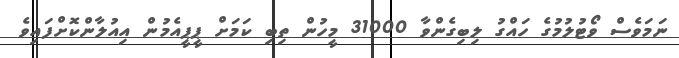
ނަމަވެސް ވޯޓުލުމުގެ ހައްގު ލިބިގެންވާ 31000 މީހުން ތިބި ކަމަށް ޕީޕީއެމުން އިއުލާންކޮށްފައިވެ